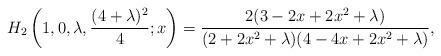
LaTeX: \begin{align*}H_2\left(1,0,\lambda, \frac{ (4+\lambda)^2}{4};x\right)=\frac{2 (3 - 2 x + 2 x^2 + \lambda)}{(2 + 2 x^2 + \lambda) (4 - 4 x + 2 x^2 +\lambda)},\end{align*}